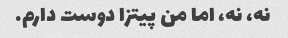
نه، نه، اما من پیتزا دوست دارم.